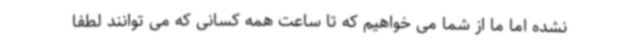
نشده اما ما از شما می خواهیم که تا ساعت همه کسانی که می توانند لطفا